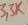
Text: 3,3K